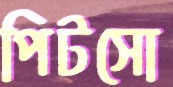
পিটসো